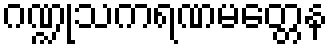
ဂဏ္ဍုသကရဏမတ္တေန